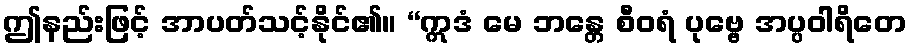
ဤနည်းဖြင့် အာပတ်သင့်နိုင်၏။ “ဣဒံ မေ ဘန္တေ စီဝရံ ပုဗ္ဗေ အပ္ပဝါရိတေ